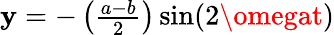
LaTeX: \mathbf{y}=-\left({\begin{array}{l}{{\frac{a-b}{2}}}\end{array}}\right)\sin(2\omegat)